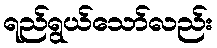
ရည်ရွယ်သော်လည်း